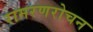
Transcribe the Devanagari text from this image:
रामरणरोचन